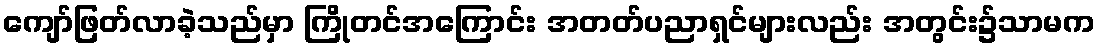
ကျော်ဖြတ်လာခဲ့သည်မှာ ကြိုတင်အကြောင်း အတတ်ပညာရှင်များလည်း အတွင်း၌သာမက